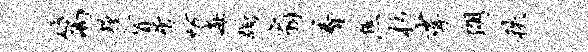
篙粮盲屑妨每蹰扇着焦杉挲朗秩